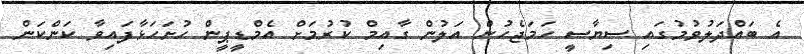
އެ ބައްދަލުވުމުގައި ސިޔާސީ ހަމަޖެހުން އަލުން ގާއިމް ކުރުމަށް އެމްޑީޕީން ހުށަހަޅާފައިވާ ކަންކަން